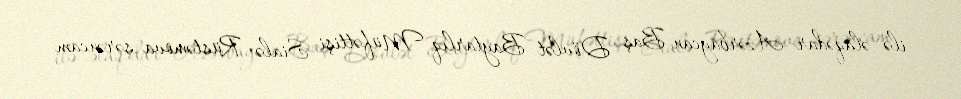
ilə əlaqədar Azərbaycan Baş Dövlət Baytarlıq Müfəttişi Sialə Rüstəmova sərəncam